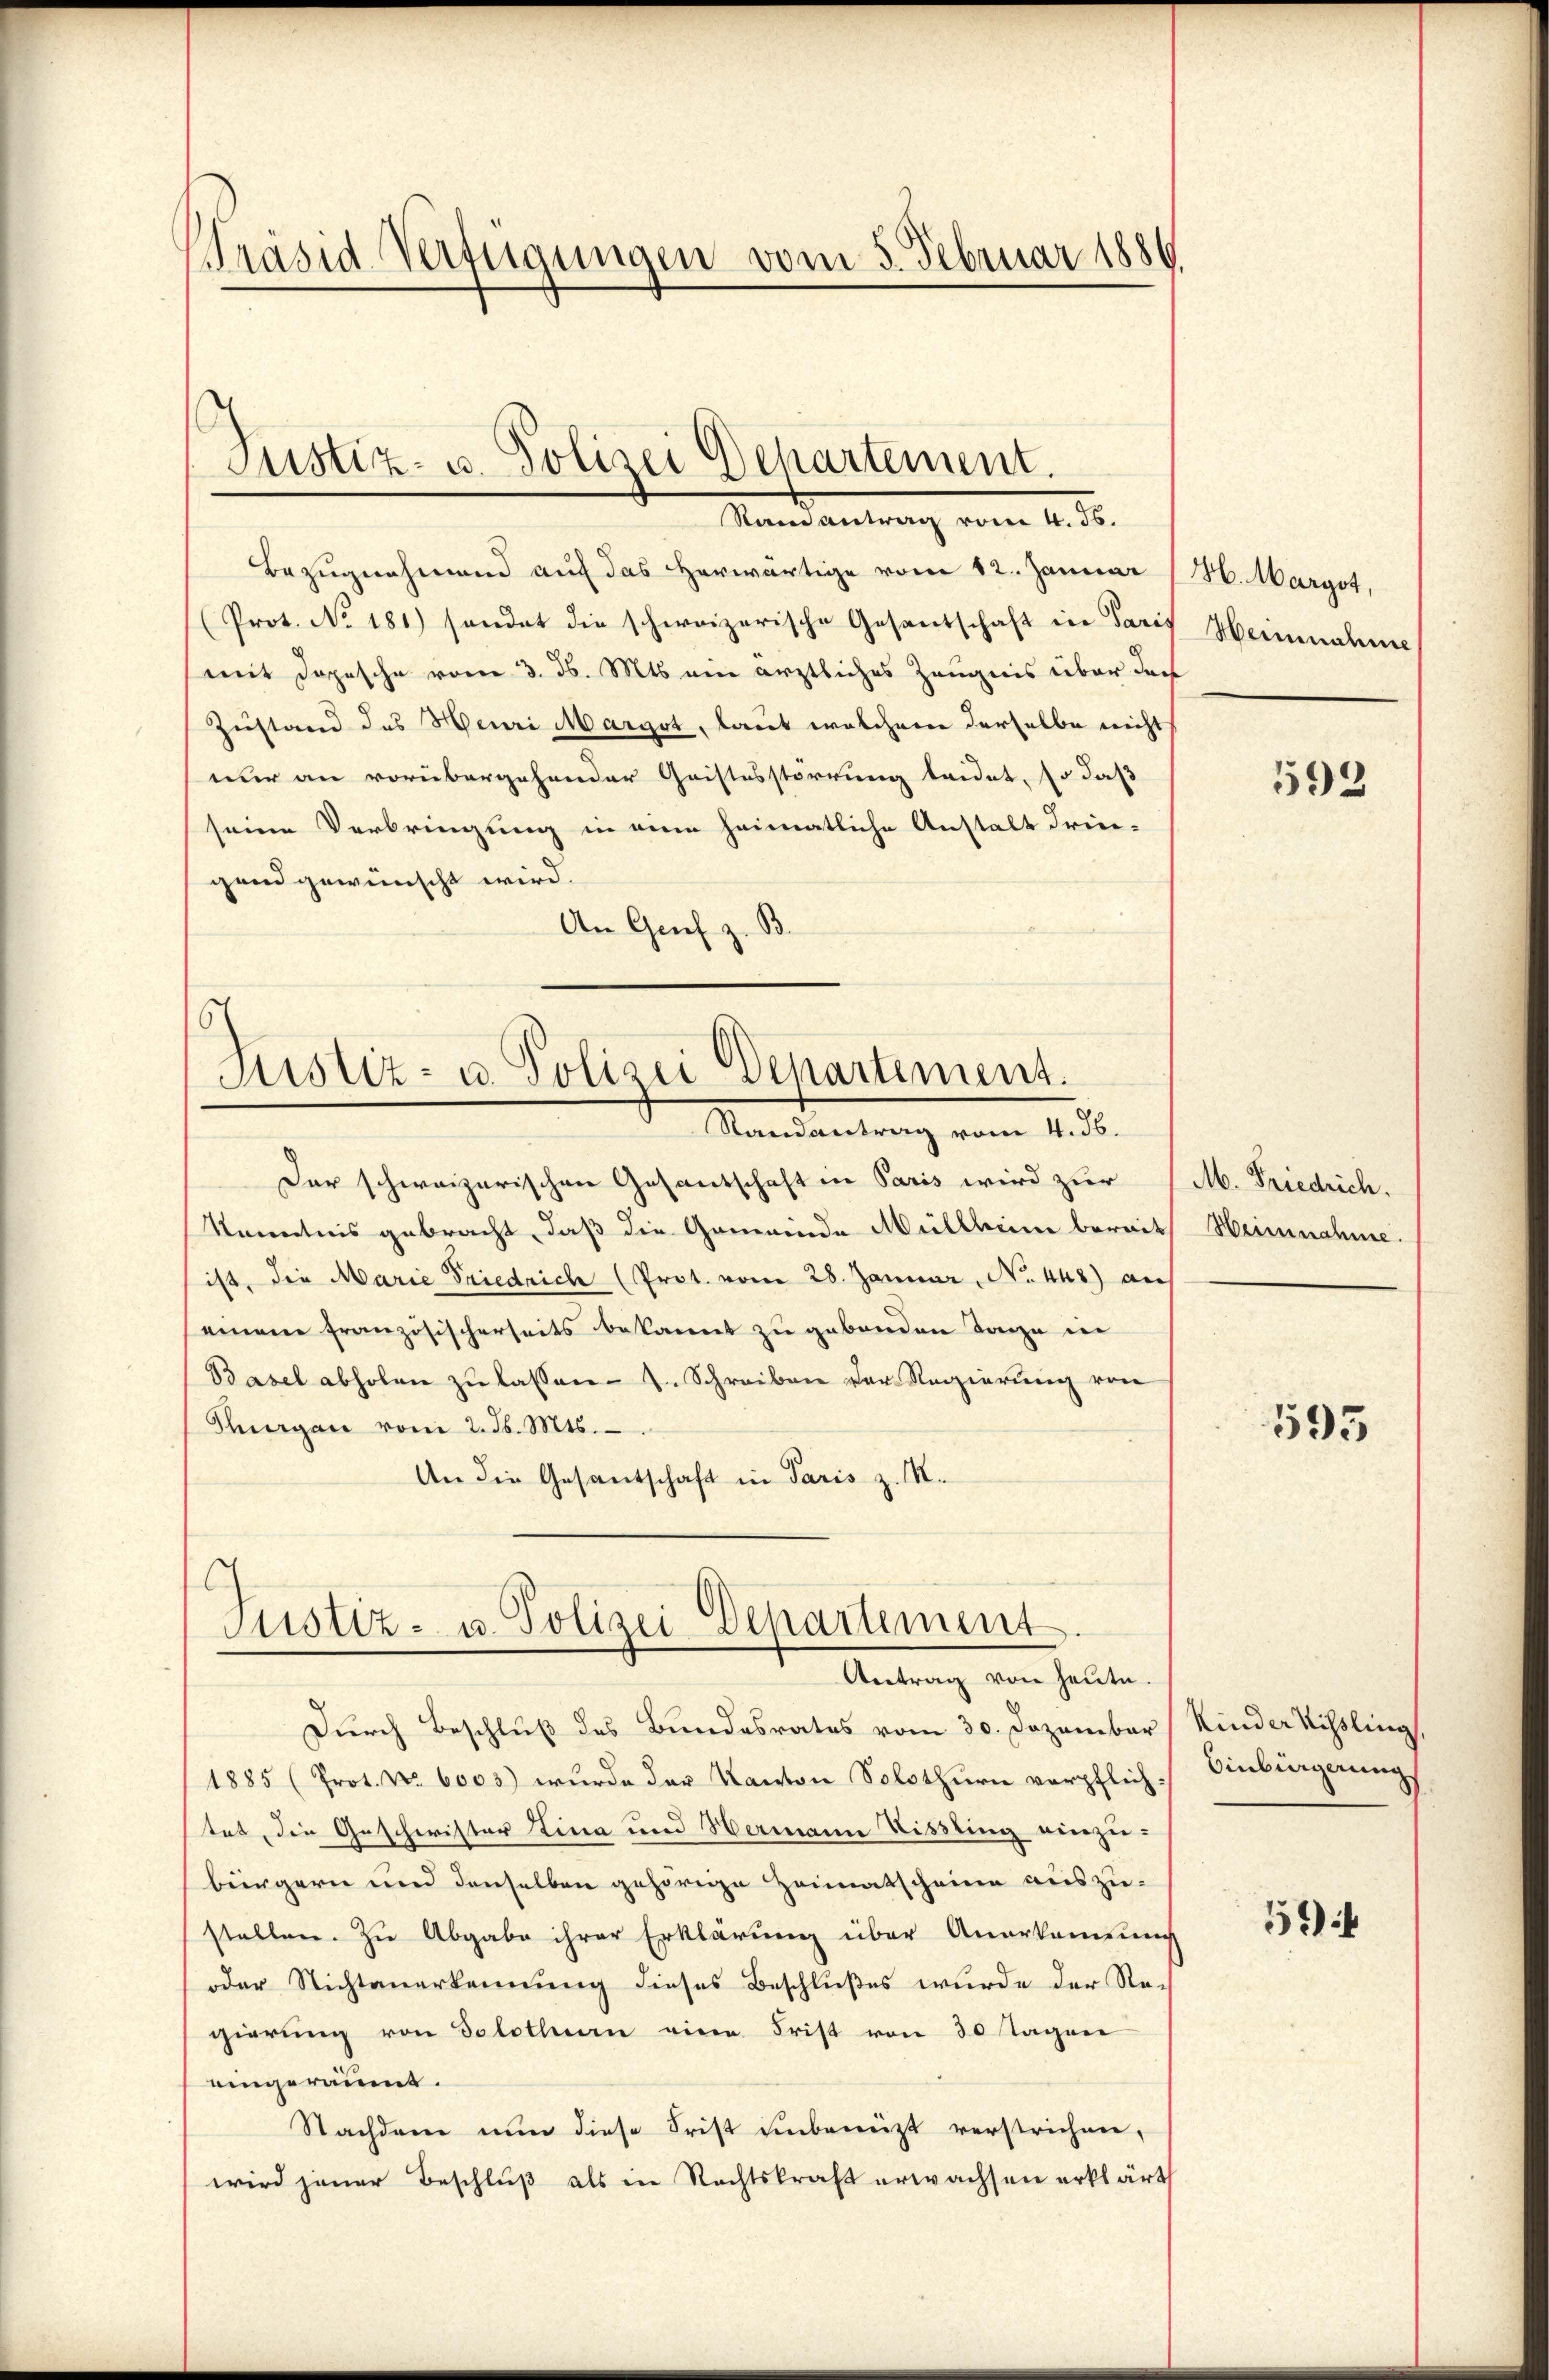
Präsid-Verfügungen vom 3. Februar 1886

Justiz- u. Polizei Departement.
Mandantrag vom 4. d.

Bezugnahmend auf das herwärtige vom 12. Januar (H. Margot,
(Prot. No. 181) sondet die schweizerische Gesandschaft in Paris Heinnahme
mit Dopesche vom 3. d. Mts. ein ärztliches Zeugnis über doc
Zustand des Henri Margot, laut welchem derselbe nicht
nur an vorübergehender Geistesstörrung leidet, so daß
seine Verbringung in eine heimatliche Anstalt Frie-
gend gewünscht wird.
An Grief z. B.

6
Justiz- u. Polizei Departement.
Randantrag vom 4. 56.

Der schweizerischen Gesantschaft in Paris wird zur
Kenntnis gebracht, daß die Gemeinde Müllheim bereits
ist, die Marie Friedrich (Prot. vom 28. Januar, No. 448) auf
seinem französischerseits bekannt zu gebenden Tage in
Basel abholen zŭ lassen. J. Schreiben der Regierung von
Thurgau vom 2. d. Mts.
An die Gesandschaft in Paris z. M.

Justiz- u. Polizei Departement
Antrag von heute.

Durch Beschluß des Bundesrates vom 30. Dezember (Kinder Kissling
1885 (Prot. No. 6003) wurde der Kanton Solothurn verpflich-
tet, die Geschwister Lina und Hermann Vissling einzu-
bürgern und denselben gehörige Heimatscheine auszustellen. Zu Abgabe ihrer Erklärung über Anerkennung
oder Nichtanerkennung dieses Beschlußes wurde der Regierung von Solothurn eine Frist von 30 Tagen
eingeräumt.
Nachdem nun diese Frist unbenützt verstrichen,
wird jener Beschlŭβ als in Rechtskraft erwachsen erklärt

593

M. Friedrich.
Heinnahme.

595

Einbürgerung

594